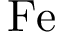
\mathrm { F e }